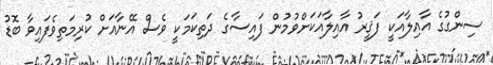
ސިންގުގެ އާއިލާއަކީ ފަޤީރު އާއިލާއަކަށްވުމުން ފައިސާގެ ދަތިކަމަކީ ވެސް އޭނާއަށް ކުރިމަތިވެފައިވާ ބޮޑު